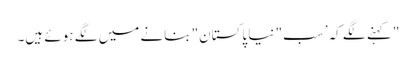
" کہنے لگے کہ’ سب" نیا پاکستان" بنانے میں لگے ہوئے ہیں۔